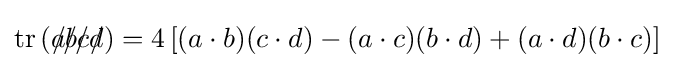
\operatorname {tr} \left({a\!\!\!/}{b\!\!\!/}{c\!\!\!/}{d\!\!\!/}\right)=4\left[(a\cdot b)(c\cdot d)-(a\cdot c)(b\cdot d)+(a\cdot d)(b\cdot c)\right]